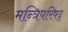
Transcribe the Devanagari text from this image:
मन्त्रिपरिषद्